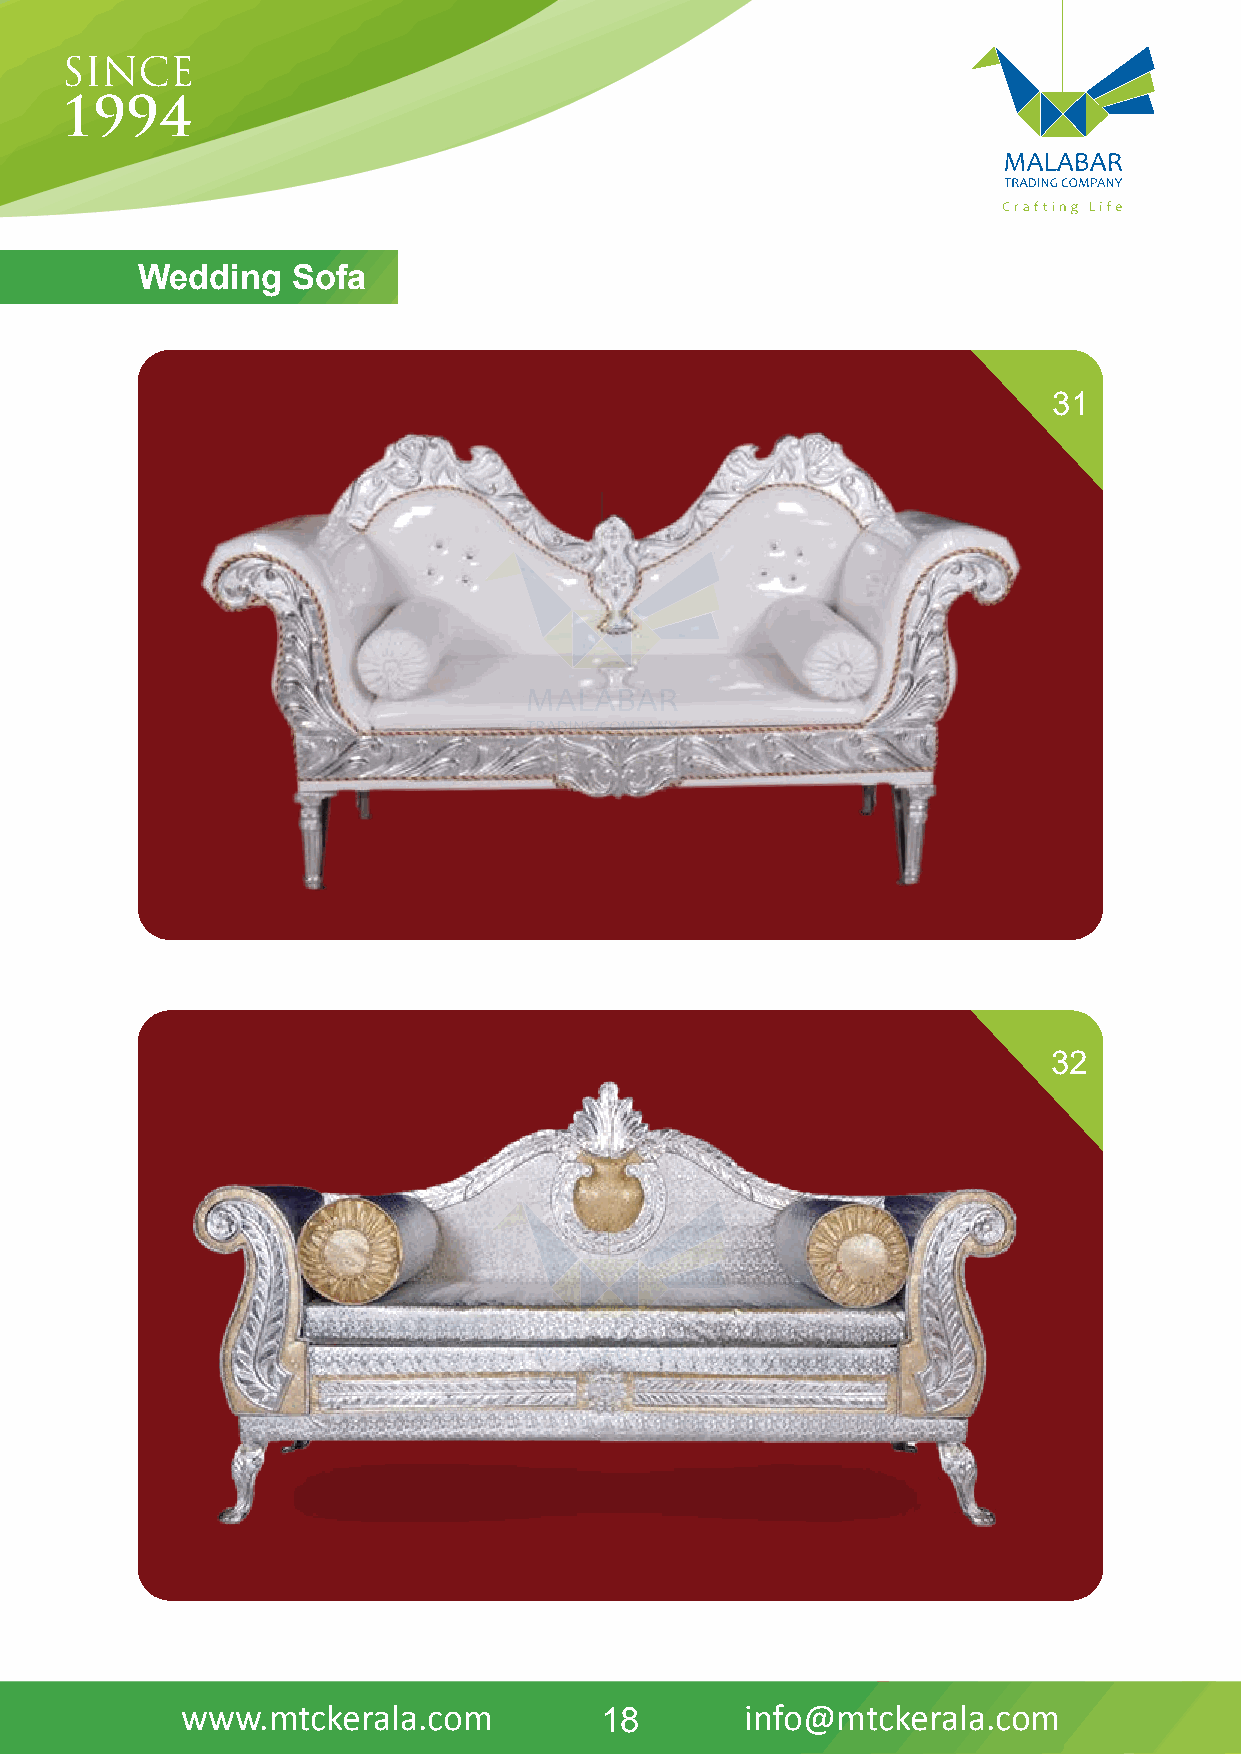
Wedding   Sofa
 31
 32
 www.mtckerala.com           18       info@mtckerala.com